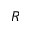
R